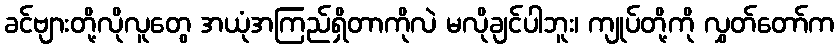
ခင်ဗျားတို့လိုလူတွေ အယုံအကြည်ရှိတာကိုလဲ မလိုချင်ပါဘူး၊ ကျုပ်တို့ကို လွှတ်တော်က